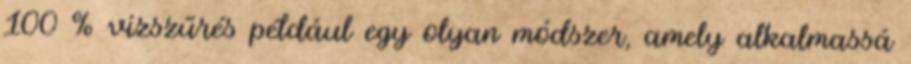
100 % vízszűrés például egy olyan módszer, amely alkalmassá